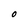
Character: o